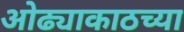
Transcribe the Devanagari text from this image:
ओढ्याकाठच्या